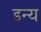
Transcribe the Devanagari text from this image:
इन्य